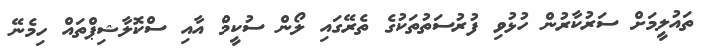
ތައުލީމަށް ސަރުކާރުން ހުޅުވި ފުރުސަތުތަކުގެ ތެރޭގައި ލޯން ސުކީމް އާއި ސްކޮލާޝިޕްތައް ހިމެނޭ